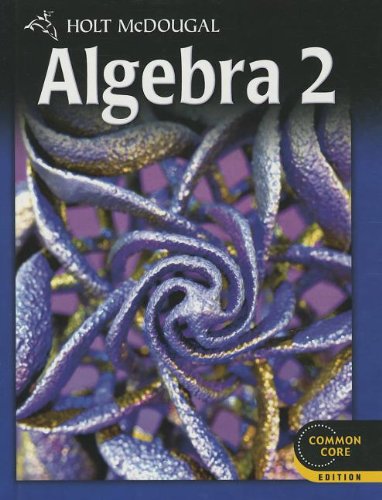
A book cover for Holt McDougal Algebra 2: Student Edition 2012; HOLT MCDOUGAL; Teen & Young Adult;